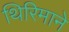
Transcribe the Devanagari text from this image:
थिरिमाने